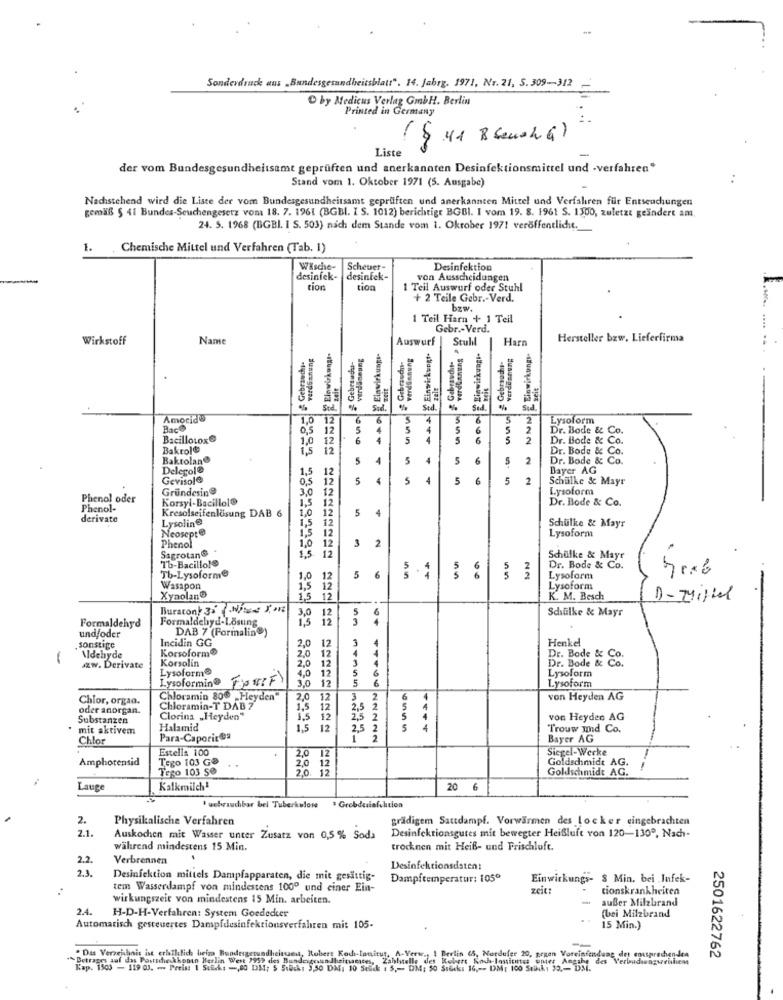
Sonderdruck aus _Bundesgesundheitsblatt". 14. Jabrg. 1971, No. 21, S. 309-312
by Medicus Verlag GmbH. Berlin
Printed in Germany
( 541 B Seus 4 G)
Liste
-
der vom Bundesgesundheitsamt geprüften und anerkannten Desinfektionsmittel und -verfahren*
Stand vom 1. Oktober 1971 (5. Ausgabe)
Nachstehend wird die Liste der vom Bundesgesundheitsamt geprüften und anerkannten Mittel und Verfahren für Entseuchungen
gemäß § 41 Bundes-Seuchengesetz vom 18. 7. 1961 (BGBI. I S. 1012) berichtige BGBI. I vom 19. 8. 1961 S. 1300, zuletzt geändert am
24. 5. 1968 (BGBI. I S. 503) nach dem Stande vom 1. Oktober 1971 veröffentlicht.
1.
Chemische Mittel und Verfahren (Tab. 1)
WXsche-
Scheuer-
Desinfektion
desinfek-
desinfek- desinfek-
desinfek-
von Ausscheidungen
tion
tion
I Tell Auswurf oder Stuhl
+ 2 Teile Gebr .- Verd.
bzw.
1 Teil Harn + 1 Teil
Gebr .- Verd.
Wirkstoff
Name
Auswurf
Stuhl
Harn
Hersteller bzw. Lieferfirma
Gebrauchp
verdeshung
verdaneung
Einwirkung-
wreGnnung
Einwirkungt-
Kievitkungs-
Gebrtadu-
Gebraucht-
Verdenhun
..
Std.
Sad.
Sed
Amocidw
1,0
6
6
2
Lysoform
Bace
0,5
12
5
6
5
2
Dr. Bode & Co.
Bacillotoxe
1,0
12
6
5
5
6
2
Dr. Bode &
Baktol®
1,5
12
Dr. Bode & Co.
Baktolan®
5
1
5
4
5
6
5
2
Dr. Bode & Co.
Delegol®
1,5
12
Bayer AG
Gevisole
0,5
12
5
4
5
4
5
6
5
2
Schulke & Mayr
Gründesin®
3,0
12
Lysoform
Phenol oder
Korsyl-Bacillol®
1,5
12
Dr. Bode & Co.
Phenol-
Kresolseifenlösung DAB 6
1,0
12
5
derivate
Lysolin®
1,5
12
Neosept®
1,5
12
Schulke & Mayr
Lysoform
Phenol
1,0
12
3
SagrotanG .
12
2
Tb-Bacillole
1,5
Schalke & Mayr
6
Dr. Bode & Co.
Tb-Lysoforme
1,0
12
5
6
Lysoform
Wasapon
1,5 12
Lysoform
Xynolan®
1,9
12
K. M. Besch
D-Michel
Buraton! 3. Wie 5.016
3,0
12
5
Schülke & Mayr
Formaldehyd
Formaldehyd-Lösung
12
DAB 7 (Pormalin®)
und/oder
Incidin GG
12
3
4
Henkel
sonstige
Korsoform®
2,0
2.0
12
Aldehyde
Korsolin
2,0
12
3
Dr. Bode & Co.
Dr. Bode &
zw. Derivate
Lysoform®
4.0
12
Lysoform
Lysoformin OFF)
3.0
12
5
5
6
Lysoform
Chlor, organ.
Chloramin 80% „Heyden"
2.0
12
3
2
von Heyden AG
oder anorgan.
Chloramin-T DAB 7
1,5
2,5 2
4
Substanzen
Clorina „Heyden“
1,5 12
62
4
von Heyden AG
mit aktivem
Halamid
1.5
12
2,5 2
S
4
Trouw und Co.
Chlor
Para-Caporites
Bayer AG
Estella 100
Siegel-Werke
Amphorensid
Tego 103 GS
2,0
12
Goldschmidt AG.
Tego 103 Se
2,0 12
20
12
Goldschmidt AG.
Lauge
Kalkmilch1
20 6
unbrauchbar bel Tuberkulose
2.
Physikalische Verfahren
grädigem Sattdampf. Vorwärmen des locker eingebrachten
2.1.
Desinfektionsgutes mit bewegter Heißluft von 120-1300, Nach-
Auskochen mit Wasser unter Zusatz von 0,5 % Soda
während mindestens 15 Min.
trocknen mit Heiß- und Frischluft.
2.2.
Verbrennen
2.3.
Desinfektionsdaten:
Desinfektion mittels Dampfapparaten, die mit gesittig-
Dampftemperatur: 1050
Einwirkungs- 8 Min. bei Infek-
tem Wasserdampf von mindestens 1000 und einer Ein-
zeit:
tionskrankheiten
wirkungszeit von mindestens 15 Min. arbeiten.
außer Milzbrand
2.4.
H-D-H-Verfahren: System Goededcer
(bei Milzbrand
Automatisch gesteuertes Dampfdesinfektionsverfahren mit 105-
15 Min.)
. Das Verzeichnis ist erhillich beim Bundesgesundheitcent, Robert Koch-tanitur, A-Verw ., 1 Berlin (5, Nordufer 20, gegen Voreinfindung des cousprechenden
Betrages auf das Postsche kkonto Berlin West 7959 des Bundesgesundheitsamtes, Zahlstelle des Robert Noch-Ionitutes unter Angabe des Verbudannzweithem
2501622762
Kap. 1503 - 119 03. - Preis: 1 Stk: -, 00 DM; 5 5tack: 3,50 DM: 10 Solid : 5 ,- DM: 50 Stocks 16 ,- > UM: 100 Stikk1 30 ,- DM.
Stock: 16 ,-. DM( 100 Stikk1 33 .= D3i.